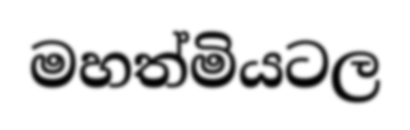
මහත්මියටල